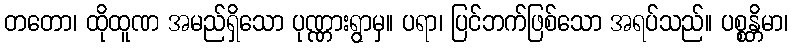
တတော၊ ထိုထူဏ အမည်ရှိသော ပုဏ္ဏားရွာမှ။ ပရာ၊ ပြင်ဘက်ဖြစ်သော အရပ်သည်။ ပစ္စန္တိမာ၊